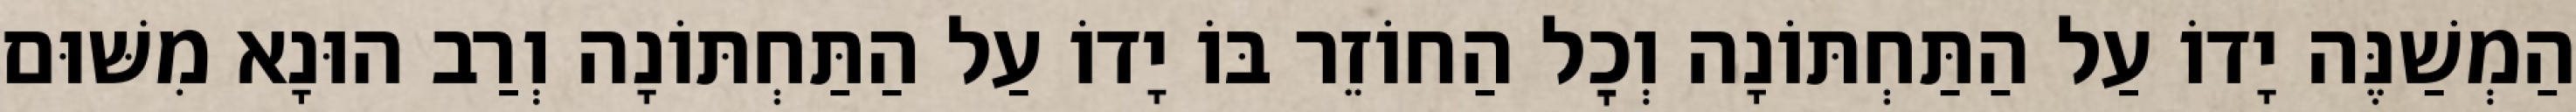
הַמְשַׁנֶּה יָדוֹ עַל הַתַּחְתּוֹנָה וְכׇל הַחוֹזֵר בּוֹ יָדוֹ עַל הַתַּחְתּוֹנָה וְרַב הוּנָא מִשּׁוּם